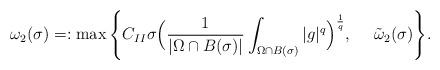
LaTeX: \begin{align*}\omega_{2}(\sigma)=:\max\Bigg\{C_{II}\sigma\Big(\frac{1}{|\Omega\cap B(\sigma)|}\int_{\Omega\cap B(\sigma)}|g|^{q}\Big)^{\frac{1}{q}},~~~~\tilde{\omega}_{2}(\sigma)\Bigg\}.\end{align*}